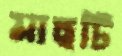
মাছটি